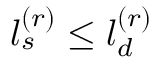
l _ { s } ^ { ( r ) } \le l _ { d } ^ { ( r ) }